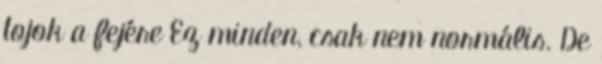
tojok a fejére Ez minden, csak nem normális. De